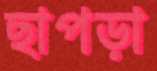
ছাপড়া